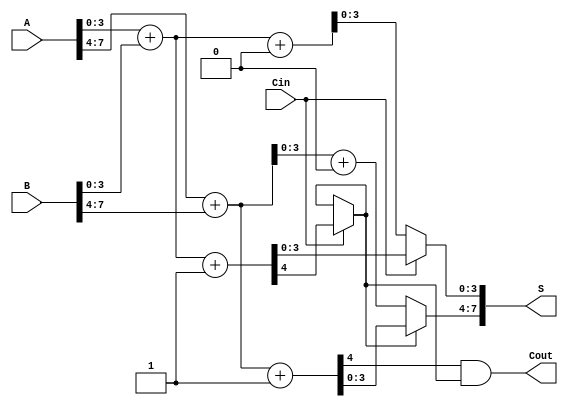
module CarrySelectAdder #(parameter N = 8, parameter K = 4) (
    input [N-1:0] A,      // First n-bit input
    input [N-1:0] B,      // Second n-bit input
    input Cin,            // Carry-in
    output [N-1:0] S,     // n-bit sum output
    output Cout           // Carry-out output
);

    localparam NUM_BLOCKS = N / K;

    // Internal signals for sums and carries
    wire [K-1:0] S0 [0:NUM_BLOCKS-1], S1 [0:NUM_BLOCKS-1];
    wire [NUM_BLOCKS-1:0] C0, C1;
    wire [NUM_BLOCKS-1:0] carry_in;

    // Generate carry_in signals
    assign carry_in[0] = Cin;
    genvar i;
    generate
        for (i = 0; i < NUM_BLOCKS - 1; i = i + 1) begin: carry_propagation
            assign carry_in[i + 1] = C0[i]; // Connect carry out from previous block
        end
    endgenerate

    // Block wise addition
    generate
        for (i = 0; i < NUM_BLOCKS; i = i + 1) begin: block_add
            // Calculate S0 and C0 when Cin = 0
            assign {C0[i], S0[i]} = A[i*K +: K] + B[i*K +: K] + 1'b0;
            // Calculate S1 and C1 when Cin = 1
            assign {C1[i], S1[i]} = A[i*K +: K] + B[i*K +: K] + 1'b1;
        end
    endgenerate

    // Mux to select outputs based on carry_in
    generate
        for (i = 0; i < NUM_BLOCKS; i = i + 1) begin: mux_select
            assign S[i*K +: K] = carry_in[i] ? S1[i] : S0[i];
            assign C0[i] = carry_in[i] ? C1[i] : C0[i];
        end
    endgenerate

    // Final carry out is determined by the last block carry
    assign Cout = C1[NUM_BLOCKS-1] & carry_in[NUM_BLOCKS-1];

endmodule